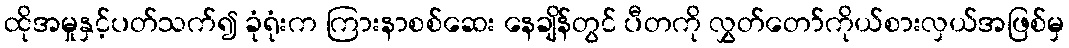
ထိုအမှုနှင့်ပတ်သက်၍ ခုံရုံးက ကြားနာစစ်ဆေး နေချိန်တွင် ပီတကို လွှတ်တော်ကိုယ်စားလှယ်အဖြစ်မှ